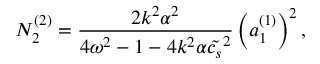
N _ { 2 } ^ { ( 2 ) } = \frac { 2 k ^ { 2 } \alpha ^ { 2 } } { 4 \omega ^ { 2 } - 1 - 4 k ^ { 2 } \alpha \tilde { c _ { s } } ^ { 2 } } \left( a _ { 1 } ^ { ( 1 ) } \right) ^ { 2 } ,